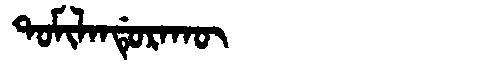
Manchu: ᡨᠣᠮᡳᠯᠠᠨᡩᡠᡵᠠᡴᡡ
Romanization: TOMILANDURAKŪ